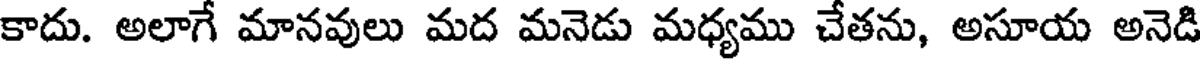
కాదు. అలాగే మానవులు మద మనెడు మధ్యము చేతను, అసూయ అనెడి